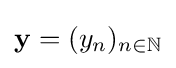
\mathbf {y} =(y_{n})_{n\in \mathbb {N} }